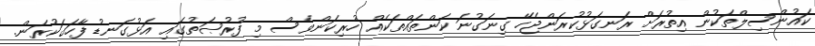
ކައުންސިލްތަކުން އިތުރަށް ރަނގަޅުކުރަންޖެހޭ ގިނަގުނަ ކަންތައްތަކެއް ހުރިކަންވެސް މި ފުރުޞަތުގައި އަޅުގަނޑު ފާހަގަކުރަން.